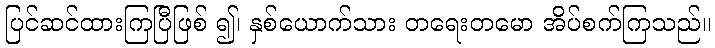
ပြင်ဆင်ထားကြပြီဖြစ် ၍၊ နှစ်ယောက်သား တရေးတမော အိပ်စက်ကြသည်။